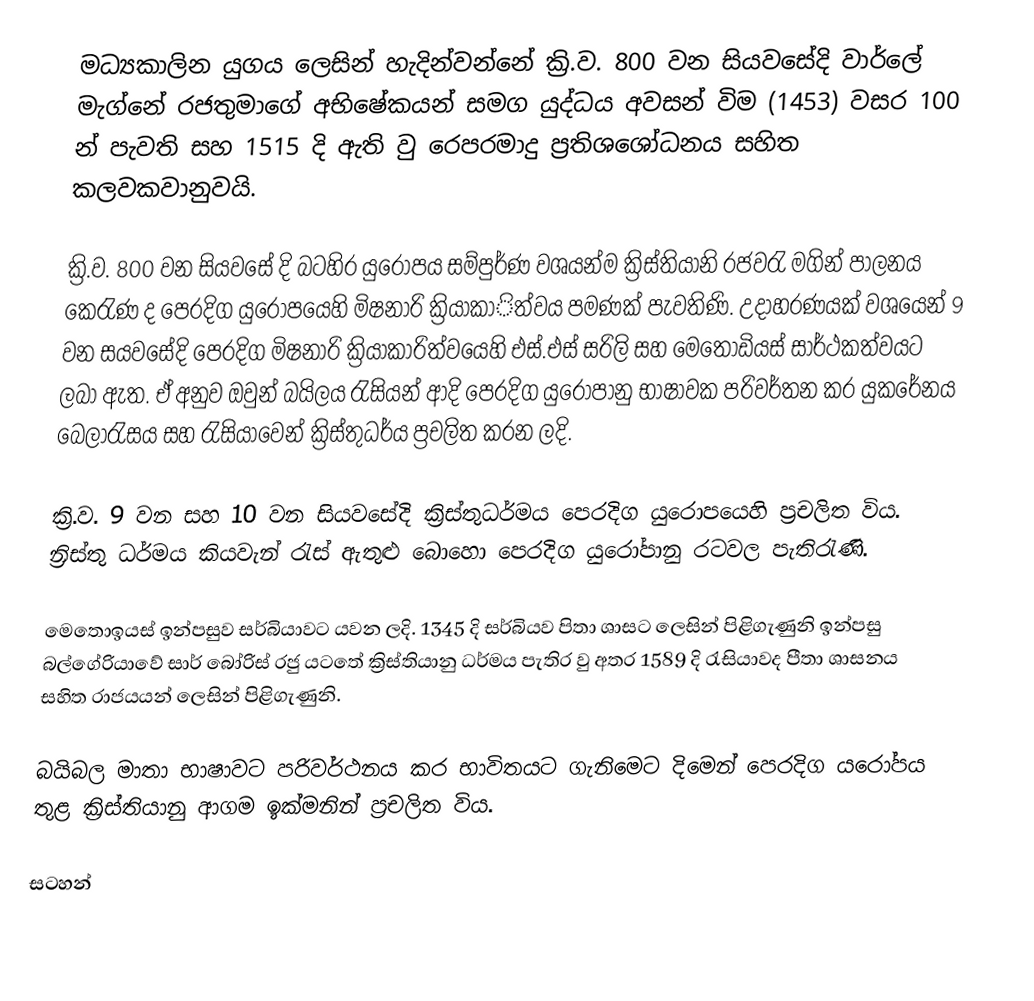
මධ්‍යකාලින යුගය ලෙසින් හැදින්වන්නේ ක්‍රි.ව. 800 වන සියවසේදි වාර්ලේ මැග්නේ රජතුමාගේ අභිෂේකයන් සමග යුද්ධය අවසන් විම (1453) වසර 100 න් පැවති සහ 1515 දි ඇති වු රෙපරමාදු ප්‍රති‍ශශෝධනය සහිත කලවකවානුවයි.

ක්‍රි.ව. 800 වන සියවසේ දි බටහිර යුරෝපය සම්පුර්ණ වශයන්ම ක්‍රිස්තියානි රජවරැ මගින් පාලනය කෙරැණ ද පෙරදිග යු‍රෝපයෙහි මිෂනාරි ක්‍රියාකාිත්වය පමණක් පැවතිණි. උදාහරණයක් වශයෙන් 9 වන සයවසේදි පෙරදිග මිෂනාරි ක්‍රියාකාරිත්වයෙහි එස්.එස් සරිලි සහ මෙතොඩියස් සාර්ථකත්වයට ලබා ඇත.   ඒ අනුව ඔවුන් බයිලය රැසියන් ආදි පෙරදිග යුරොපානු භාෂාවක පරිවර්තන කර යුකරේනය බෙලාරැසය සහ රැසියාවෙන් ක්‍රිස්තුධර්ය ප්‍රචලිත කරන ලදි.

ක්‍රි.ව. 9 වන සහ 10 වන සියවසේදි ක්‍රිස්තුධර්මය පෙරදිග යුරොපයෙහි ප්‍රචලිත විය. න්‍රිස්තු ධර්මය කියවැන් රැස් ඇතුළු බොහො පෙරදිග යුරෝපානු රටවල පැතිරැණි.

මෙතොඉයස් ඉන්පසුව සර්බියාවට යවන ලදි. 1345 දි සර්බියව පිතා ශාසට ලෙසින් පිළිගැණුනි ඉන්පසු බල්ගේරියාවේ සාර් බෝරිස් රජු යටතේ ක්‍රිස්තියානු ධර්මය පැතිර වු අතර 1589 දි රැසියාවද පීතා ශාසනය සහිත රාජයයන් ලෙසින් පිළිගැණුනි.

බයිබල මාතා භාෂාවට පරිවර්ථනය කර භාවිතයට ගැනිමෙට දිමෙන් පෙරදිග යරෝපය තුළ ක්‍රිස්තියානු ආගම ඉක්මනින් ප්‍රචලිත විය.

සටහන්